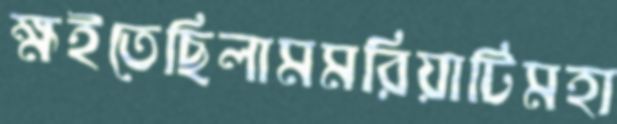
ক্ষইতেছিলামমরিয়াটিমহা